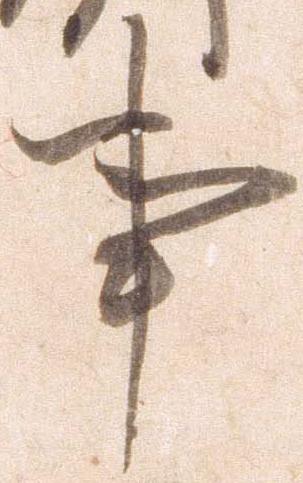
事